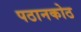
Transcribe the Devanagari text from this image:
पठानकोठ